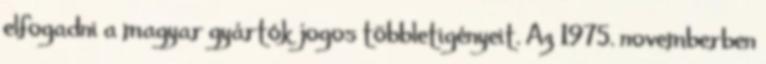
elfogadni a magyar gyártók jogos többletigényeit. Az 1975. novemberben